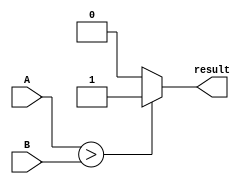
module comparator (
    input [15:0] A,
    input [15:0] B,
    output reg result
);

always @* begin
    if (A > B)
        result = 1;
    else if (A < B)
        result = 0;
    else
        result = 2; // A is equal to B
end

endmodule